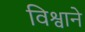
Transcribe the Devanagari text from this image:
विश्वाने